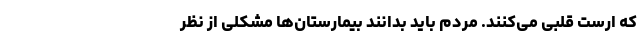
که ارست قلبی می‌کنند. مردم باید بدانند بیمارستان‌ها مشکلی از نظر